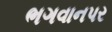
ભગવાનપર